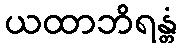
ယထာဘိရန္တံ